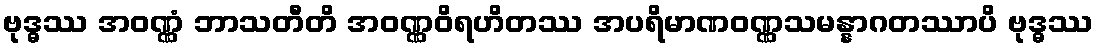
ဗုဒ္ဓဿ အဝဏ္ဏံ ဘာသတီတိ အဝဏ္ဏဝိရဟိတဿ အပရိမာဏဝဏ္ဏသမန္နာဂတဿာပိ ဗုဒ္ဓဿ